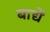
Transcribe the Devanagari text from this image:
बाद्यें